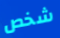
شخص